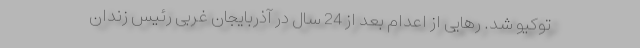
توکیو شد. رهایی از اعدام بعد از 24 سال در آذربایجان غربی رئیس زندان